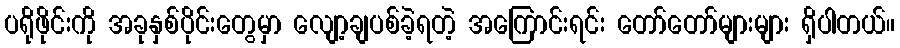
ပရိုဖိုင်းကို အခုနှစ်ပိုင်းတွေမှာ လျော့ချပစ်ခဲ့ရတဲ့ အကြောင်းရင်း တော်တော်များများ ရှိပါတယ်။